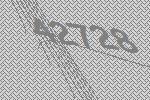
42728